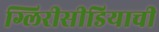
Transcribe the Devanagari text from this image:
ग्लिरीसीडियाची